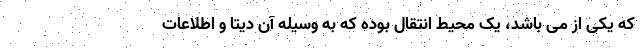
که یکی از می باشد، یک محیط انتقال بوده که به وسیله آن دیتا و اطلاعات